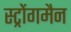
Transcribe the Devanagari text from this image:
स्ट्रोंगमैन